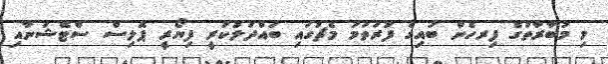
މި މުބާރާތުގެ ފިރހެން ބައިގެ ފުރަތަމަ މެޗުގައި ބައްދަލުކުރީ ފިޔޯރީ ޕޮލިސް ސްޓޭޝަނާއި